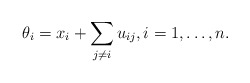
\begin{align*}\theta_i= x_i+\sum_{j \not=i} u_{ij},i=1,\ldots,n.\end{align*}